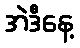
အဲဒီနေ့